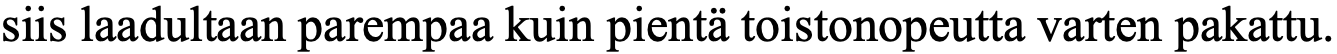
siis laadultaan parempaa kuin pientä toistonopeutta varten pakattu.